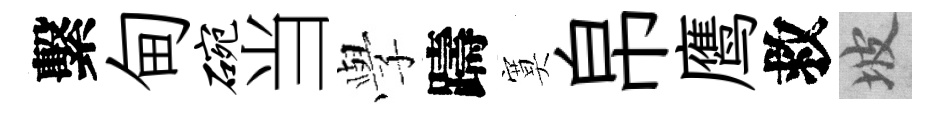
繫甸碗当𫝯躊寞帛鹰救坡